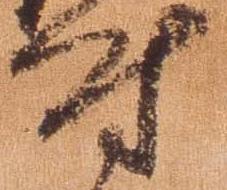
付